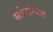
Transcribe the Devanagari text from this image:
सप्रेसोबत